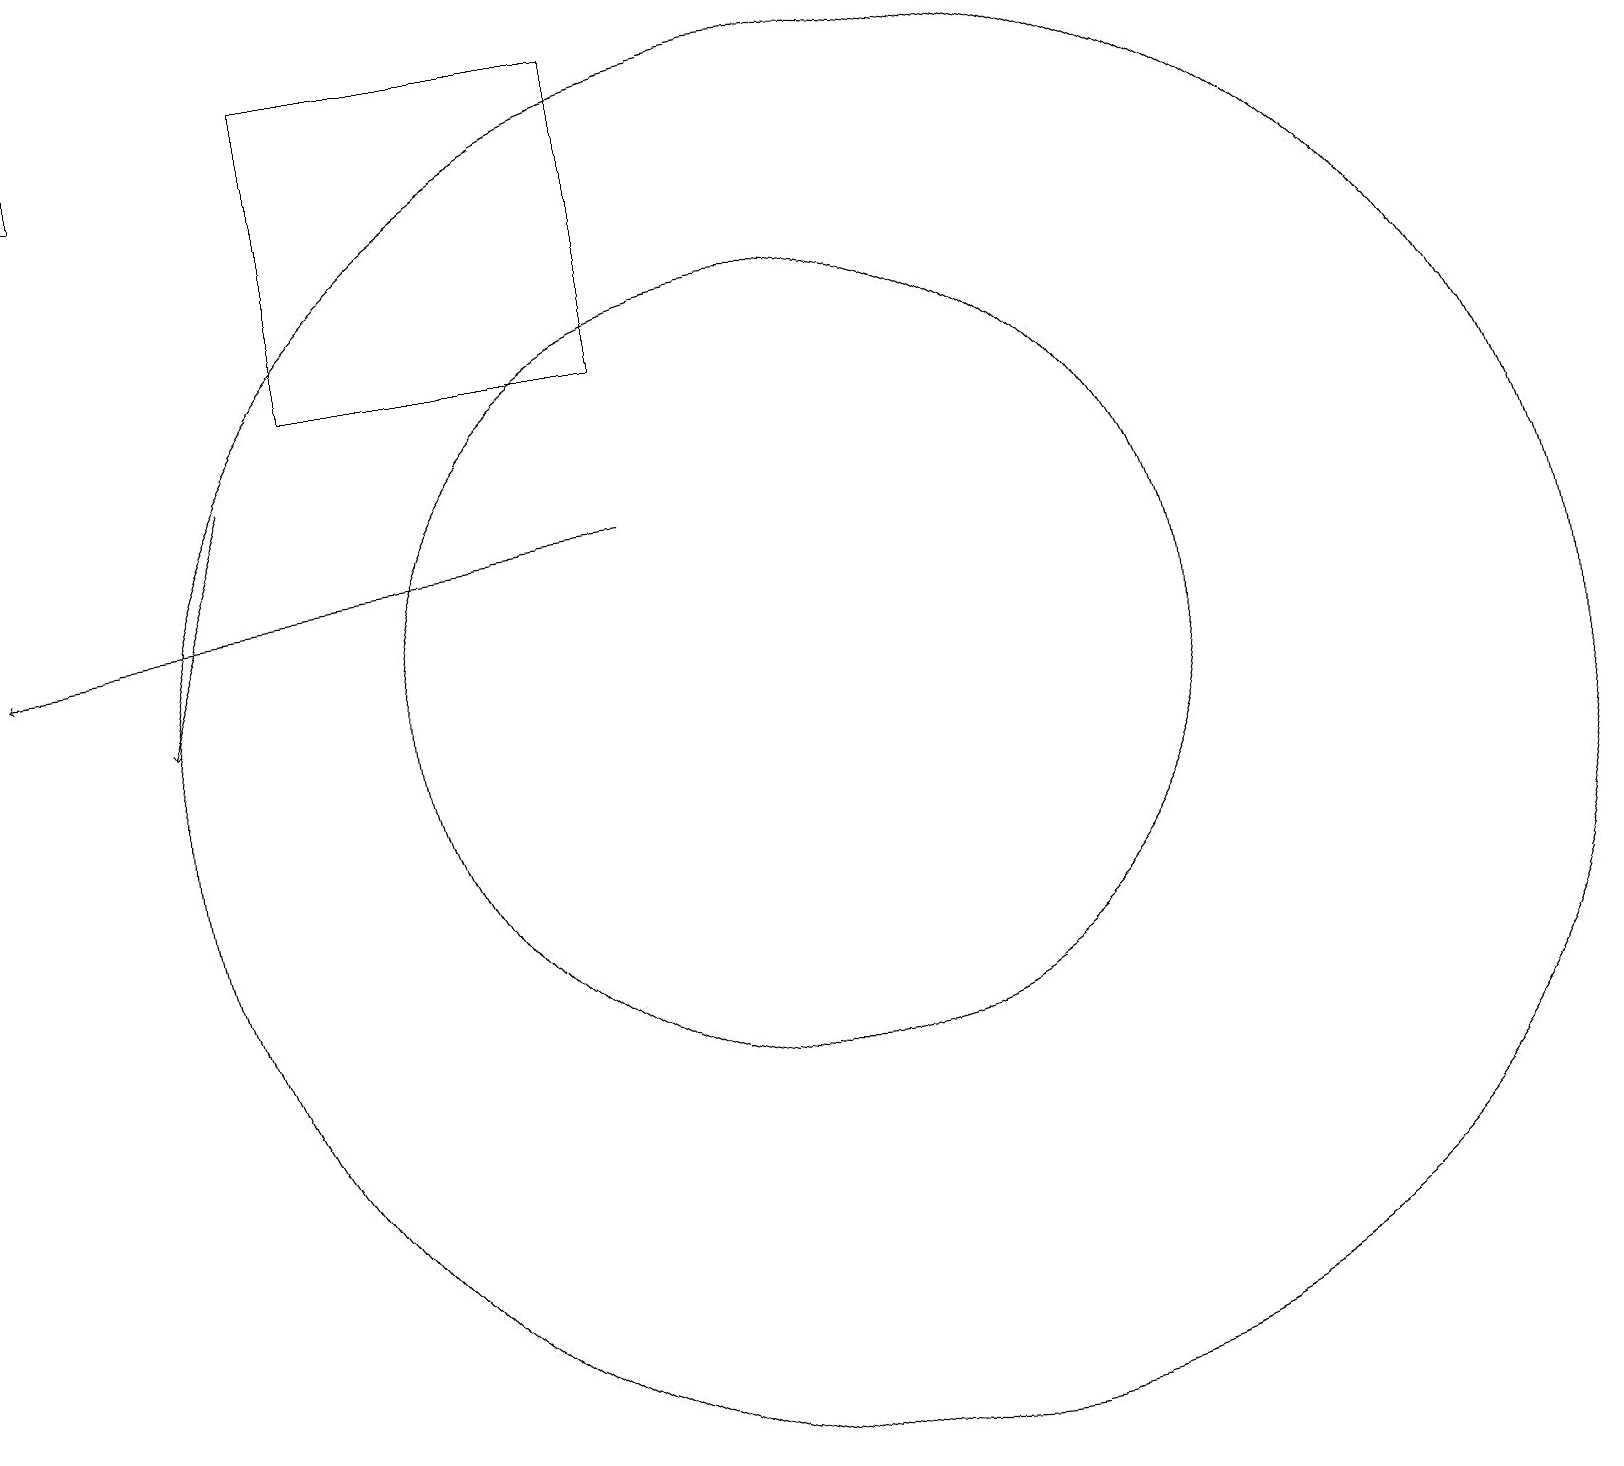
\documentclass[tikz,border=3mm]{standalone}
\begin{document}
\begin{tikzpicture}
\draw (4,15) rectangle (8,19);
\draw (11,10) circle (9);
\draw[->] (3,14) -- (2,11);
\draw[->] (8,13) -- (0,12);
\draw (10,11) circle (5);
\draw (0,19) rectangle (1,18);
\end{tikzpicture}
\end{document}